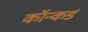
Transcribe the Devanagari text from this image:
कॉन्कर्ड